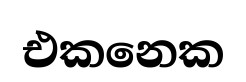
එකනෙක